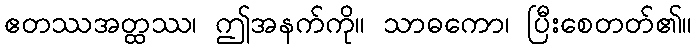
ဧတဿအတ္ထဿ၊ ဤအနက်ကို။ သာဓကော၊ ပြီးစေတတ်၏။